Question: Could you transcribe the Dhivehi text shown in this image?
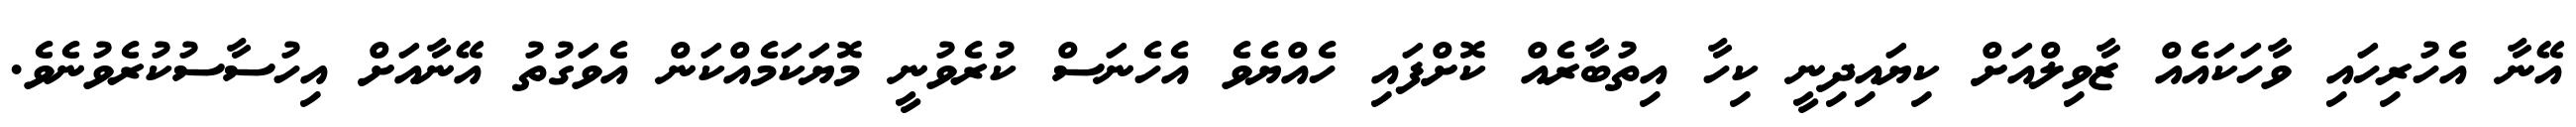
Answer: އޭނާ އެހުރިހައި ވާހަކައެއް ޒާވިލްއަށް ކިޔައިދިނީ ކިހާ އިތުބާރެއް ކޮށްފައި ހެއްޔެވެ އެހެނަސް ކުރެވުނީ މޮޔަކަމެއްކަން އެވަގުތު އޭނާއަށް އިހުސާސުކުރެވުނެވެ.